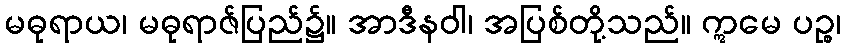
မဓုရာယ၊ မဓုရာဇ်ပြည်၌။ အာဒီနဝါ၊ အပြစ်တို့သည်။ ဣမေ ပဉ္စ၊